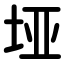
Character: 垭